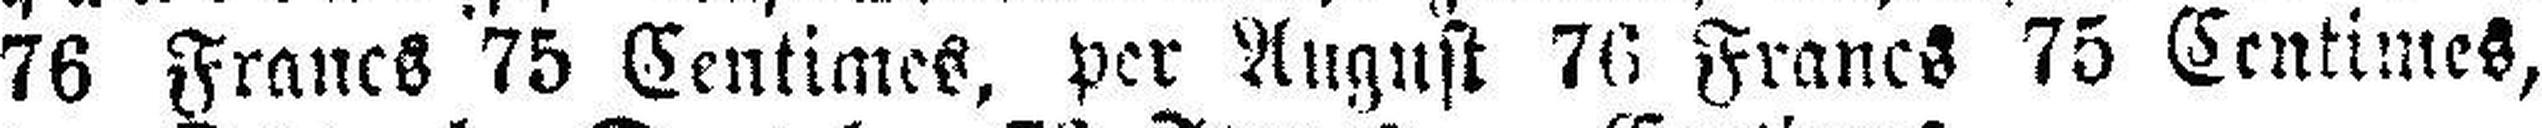
76 Francs 75 Centimes, per August 76 Francs 75 Centimes,